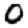
Digit: 0